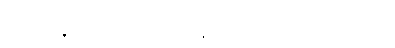
ထို့ နောက် ဖျတ်ကနဲလှည့်ကြည့်သည်။